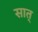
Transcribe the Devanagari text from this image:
सात्